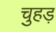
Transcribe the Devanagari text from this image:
चुहड़